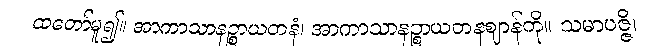
ထတော်မူ၍။ အာကာသာနဉ္စာယတနံ၊ အာကာသာနဉ္စာယတနဈာန်ကို။ သမာပဇ္ဇိ၊